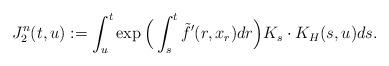
LaTeX: \begin{align*}J_2^n(t,u)&:=\int_u^t\exp\Big(\int_s^t \tilde{f}'(r,x_r)dr\Big)K_s\cdot K_H(s,u)ds.\end{align*}